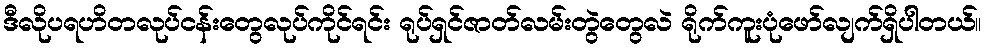
ဒီလိုပရဟိတလုပ်ငန်းတွေလုပ်ကိုင်ရင်း ရုပ်ရှင်ဇာတ်လမ်းတွဲတွေလဲ ရိုက်ကူးပုံဖော်လျက်ရှိပါတယ်။